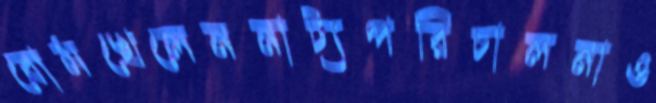
বোমখেলেননাট্যপরিচালনাও